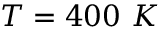
T = 4 0 0 \ K